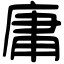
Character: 庸